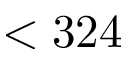
< 3 2 4